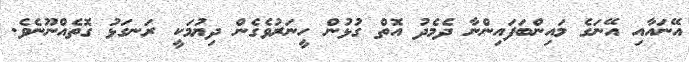
އޭނައާއި އޭނަގެ މައިންބަފައިންނާ ދެމެދު އޮތް ގުޅުން ހީނަރުވެގެން ދިޔުމަކީ ރަނގަޅު ގޮތެއްނޫނެވެ.